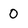
Character: 0